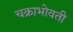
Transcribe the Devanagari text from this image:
चक्राभोवती